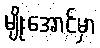
မျိုးအောင်မှာ